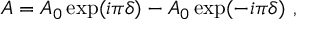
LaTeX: A = A _ { 0 } \exp ( i \pi \delta ) - A _ { 0 } \exp ( - i \pi \delta ) ~ ,